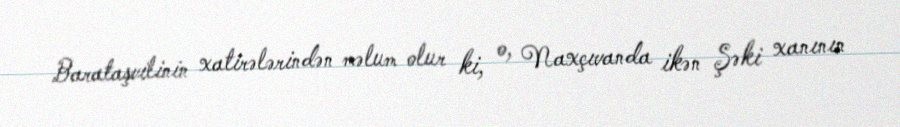
Barataşvilinin xatirələrindən məlum olur ki, o, Naxçıvanda ikən Şəki xanının